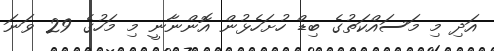
އަދި މި މަސައްކަތުގެ ބިޑް ހުށަހެޅުން އޮންނާނީ މި މަހުގެ 29 ވަނަ